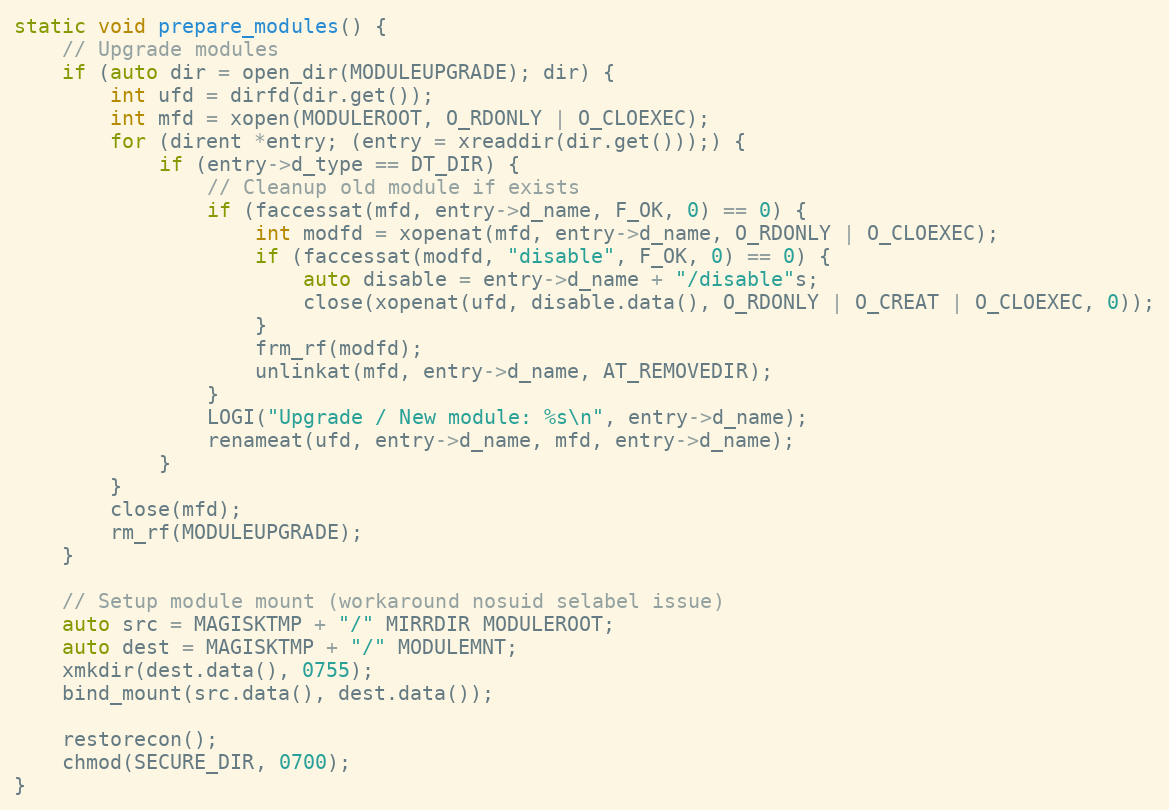
Language: C++
static void prepare_modules() {
    // Upgrade modules
    if (auto dir = open_dir(MODULEUPGRADE); dir) {
        int ufd = dirfd(dir.get());
        int mfd = xopen(MODULEROOT, O_RDONLY | O_CLOEXEC);
        for (dirent *entry; (entry = xreaddir(dir.get()));) {
            if (entry->d_type == DT_DIR) {
                // Cleanup old module if exists
                if (faccessat(mfd, entry->d_name, F_OK, 0) == 0) {
                    int modfd = xopenat(mfd, entry->d_name, O_RDONLY | O_CLOEXEC);
                    if (faccessat(modfd, "disable", F_OK, 0) == 0) {
                        auto disable = entry->d_name + "/disable"s;
                        close(xopenat(ufd, disable.data(), O_RDONLY | O_CREAT | O_CLOEXEC, 0));
                    }
                    frm_rf(modfd);
                    unlinkat(mfd, entry->d_name, AT_REMOVEDIR);
                }
                LOGI("Upgrade / New module: %s\n", entry->d_name);
                renameat(ufd, entry->d_name, mfd, entry->d_name);
            }
        }
        close(mfd);
        rm_rf(MODULEUPGRADE);
    }

    // Setup module mount (workaround nosuid selabel issue)
    auto src = MAGISKTMP + "/" MIRRDIR MODULEROOT;
    auto dest = MAGISKTMP + "/" MODULEMNT;
    xmkdir(dest.data(), 0755);
    bind_mount(src.data(), dest.data());

    restorecon();
    chmod(SECURE_DIR, 0700);
}